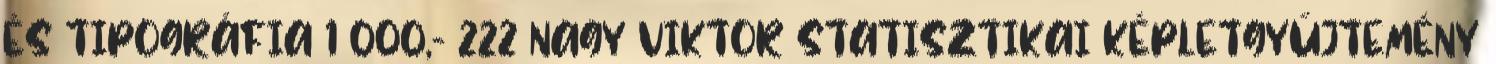
ÉS TIPOGRÁFIA 1 000,- 222 NAGY VIKTOR STATISZTIKAI KÉPLETGYŰJTEMÉNY